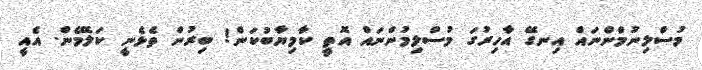
މުސްލިނުމްންނައް އިނގޭ އާހިރުގަ މުސްލިމުންނައް އޮތީ ކާމިޔާބުކަން! ބިރުން ތެޅެނީ ކަލޭމެން. އެއީ